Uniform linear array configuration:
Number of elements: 32
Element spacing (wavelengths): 0.75
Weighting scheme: blackman
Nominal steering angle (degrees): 60
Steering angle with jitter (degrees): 60.661
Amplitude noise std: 0.05
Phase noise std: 0.05

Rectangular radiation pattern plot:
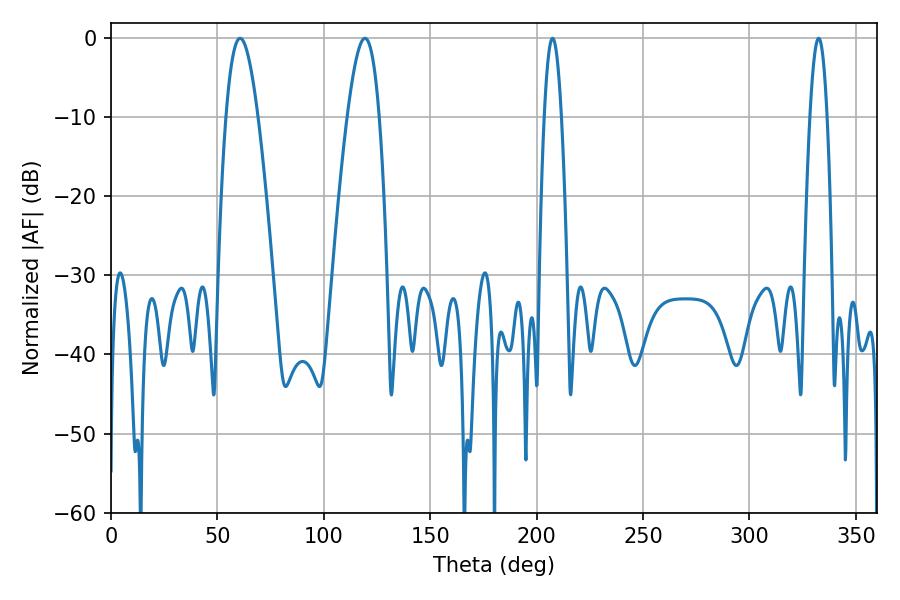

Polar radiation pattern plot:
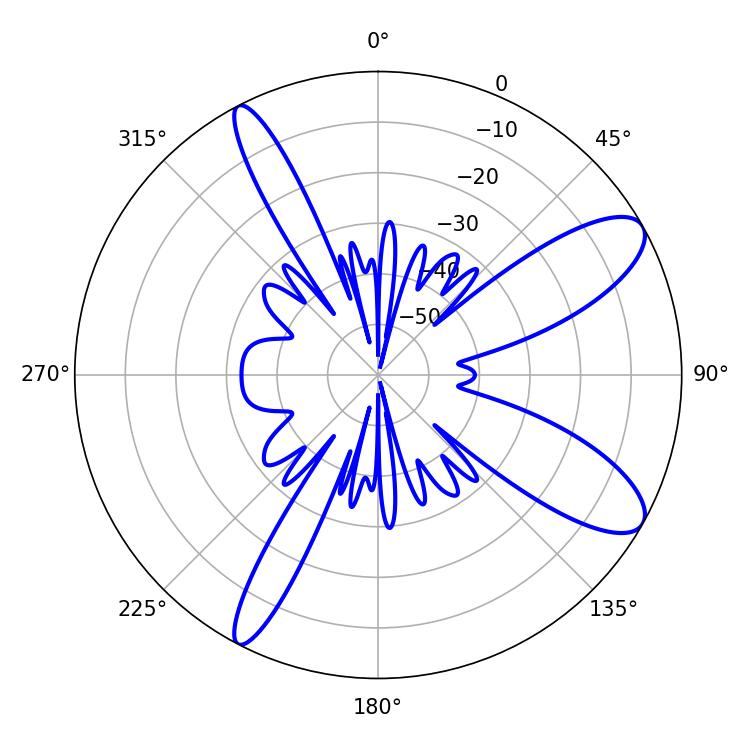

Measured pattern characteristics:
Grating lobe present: TRUE
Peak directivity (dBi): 10.164
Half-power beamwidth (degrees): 8.1
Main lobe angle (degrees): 60.66